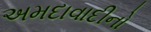
અમદાવાદીનો